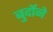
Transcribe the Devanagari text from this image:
बुर्दोने